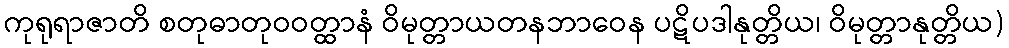
ကုရုရာဇာတိ စတုဓာတုဝဝတ္ထာနံ ဝိမုတ္တာယတနဘာဝေန ပဋိပဒါနုတ္တိယ၊ ဝိမုတ္တာနုတ္တိယ)